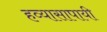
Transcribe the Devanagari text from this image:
हव्यासापायी